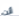
أنت